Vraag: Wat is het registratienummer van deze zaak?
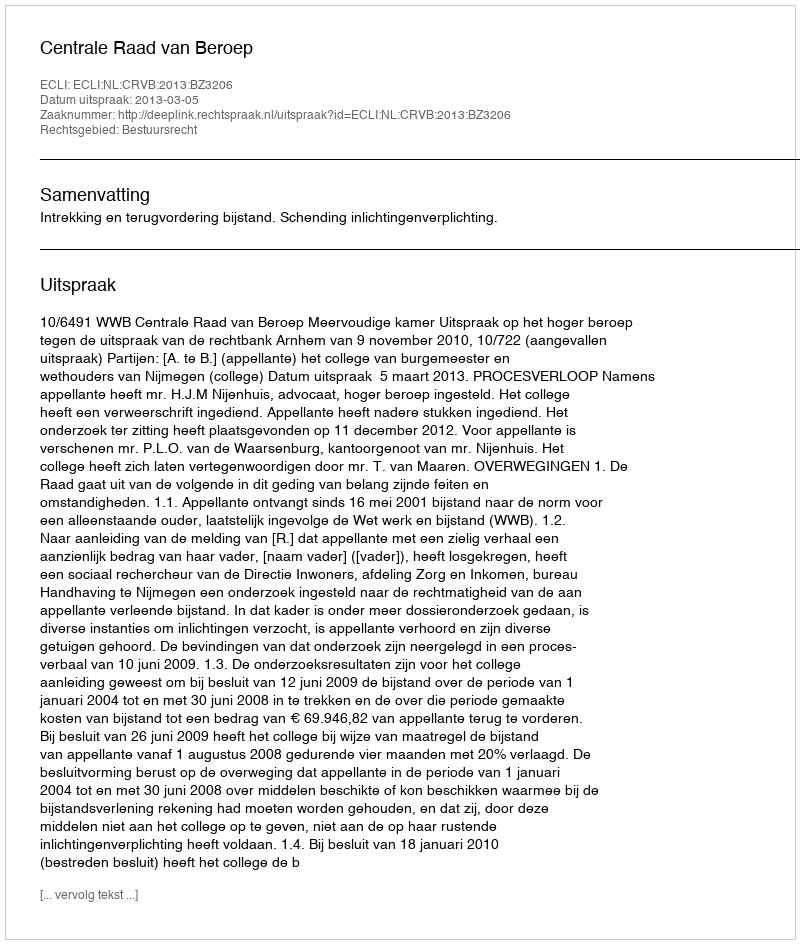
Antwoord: http://deeplink.rechtspraak.nl/uitspraak?id=ECLI:NL:CRVB:2013:BZ3206